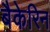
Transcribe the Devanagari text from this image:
बैकेरिन